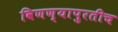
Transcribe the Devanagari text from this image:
विणण्यापुरतीच